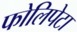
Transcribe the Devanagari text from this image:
फोलिपेटा